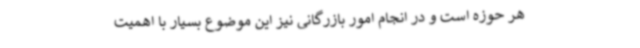
هر حوزه است و در انجام امور بازرگانی نیز این موضوع بسیار با اهمیت